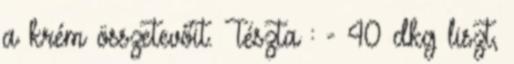
a krém összetevőit. Tészta : - 40 dkg liszt,